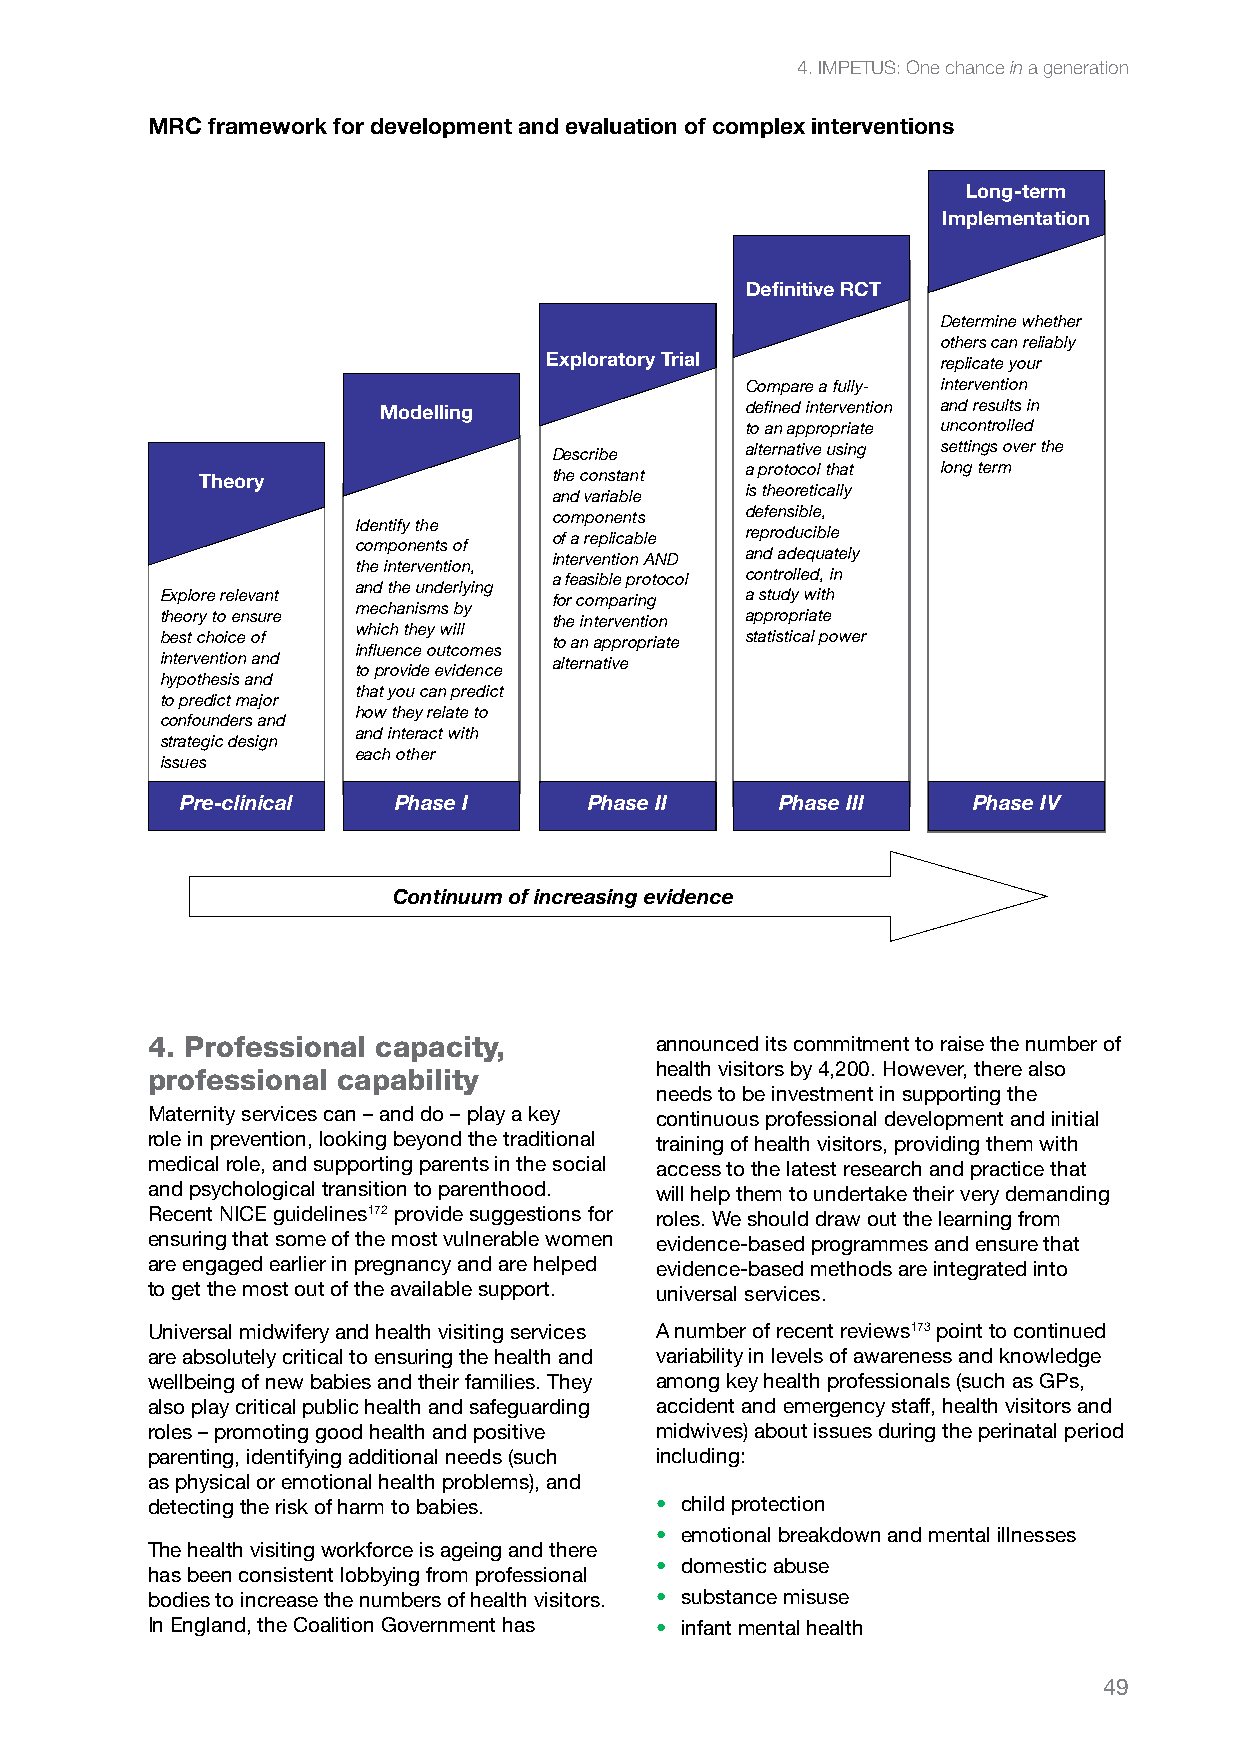
4. IMPETUS: One chance in a generation
 MRC framework for development and evaluation of complex interventions
 Long-term
 Implementation
 Definitive RCT
 Determine whether
 others can reliably
 Exploratory Trial         replicate your
 Compare a fully- intervention
 Modelling               defined intervention and results in
 to an appropriate uncontrolled
 Describe    alternative using settings over the
 Theory                  the constant a protocol that long term
 and variable is theoretically
 components  defensible,
 Identify the
 of a replicable reproducible
 components of
 intervention AND and adequately
 the intervention,
 a feasible protocol controlled, in
 and the underlying
 Explore relevant          for comparing a study with
 mechanisms by
 theory to ensure          the intervention appropriate
 which they will
 best choice of            to an appropriate statistical power
 influence outcomes
 intervention and          alternative
 to provide evidence
 hypothesis and
 that you can predict
 to predict major
 how they relate to
 confounders and
 and interact with
 strategic design
 each other
 issues
 Pre-clinical  Phase I      Phase II     Phase III   Phase IV
 Continuum of increasing evidence
 4. Professional capacity,        announced its commitment to raise the number of
 health visitors by 4,200. However, there also
 professional capability
 needs to be investment in supporting the
 Maternity services can – and do – play a key continuous professional development and initial
 role in prevention, looking beyond the traditional training of health visitors, providing them with
 medical role, and supporting parents in the social access to the latest research and practice that
 and psychological transition to parenthood. will help them to undertake their very demanding
 Recent NICE guidelines172 provide suggestions for roles. We should draw out the learning from
 ensuring that some of the most vulnerable women evidence-based programmes and ensure that
 are engaged earlier in pregnancy and are helped evidence-based methods are integrated into
 to get the most out of the available support. universal services.
 Universal midwifery and health visiting services A number of recent reviews173 point to continued
 are absolutely critical to ensuring the health and variability in levels of awareness and knowledge
 wellbeing of new babies and their families. They among key health professionals (such as GPs,
 also play critical public health and safeguarding accident and emergency staff, health visitors and
 roles – promoting good health and positive midwives) about issues during the perinatal period
 parenting, identifying additional needs (such including:
 as physical or emotional health problems), and
 detecting the risk of harm to babies. • child protection
 • emotional breakdown and mental illnesses
 The health visiting workforce is ageing and there
 • domestic abuse
 has been consistent lobbying from professional
 bodies to increase the numbers of health visitors. • substance misuse
 In England, the Coalition Government has • infant mental health
 49